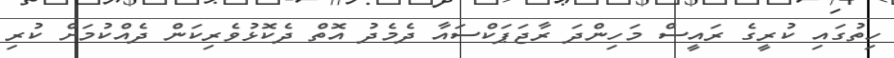
ހިތުގައި ކުރީގެ ރައީސް މަހިންދަ ރާޖަޕަކްސައާ ދެމެދު އޮތް ދެކޮޅުވެރިކަން ދެއްކުމަށް ކުރި